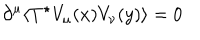
\partial ^ { \mu } \langle T ^ { \star } V _ { \mu } ( x ) V _ { \nu } ( y ) \rangle = 0